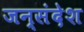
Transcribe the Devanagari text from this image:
जन्संदेश